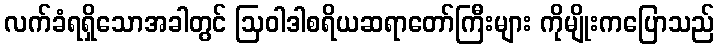
လက်ခံရရှိသောအခါတွင် ဩဝါဒါစရိယဆရာတော်ကြီးများ ကိုမျိုးကပြောသည်